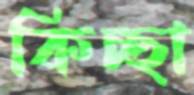
কিচ্ছা